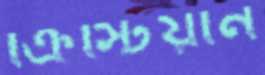
ক্রিস্টিয়ান